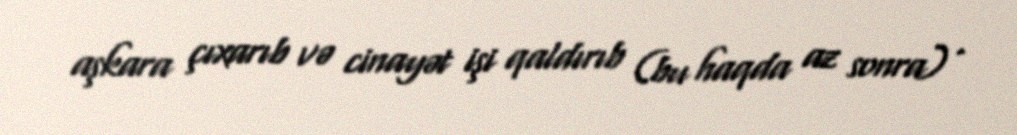
aşkara çıxarıb və cinayət işi qaldırıb (bu haqda az sonra) .